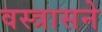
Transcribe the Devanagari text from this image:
वस्त्रासने